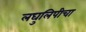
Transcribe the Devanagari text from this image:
लघुलिपीचा